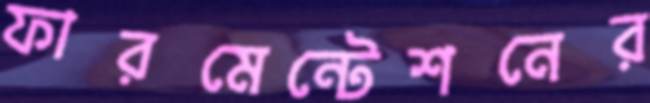
ফারমেন্টেশনের